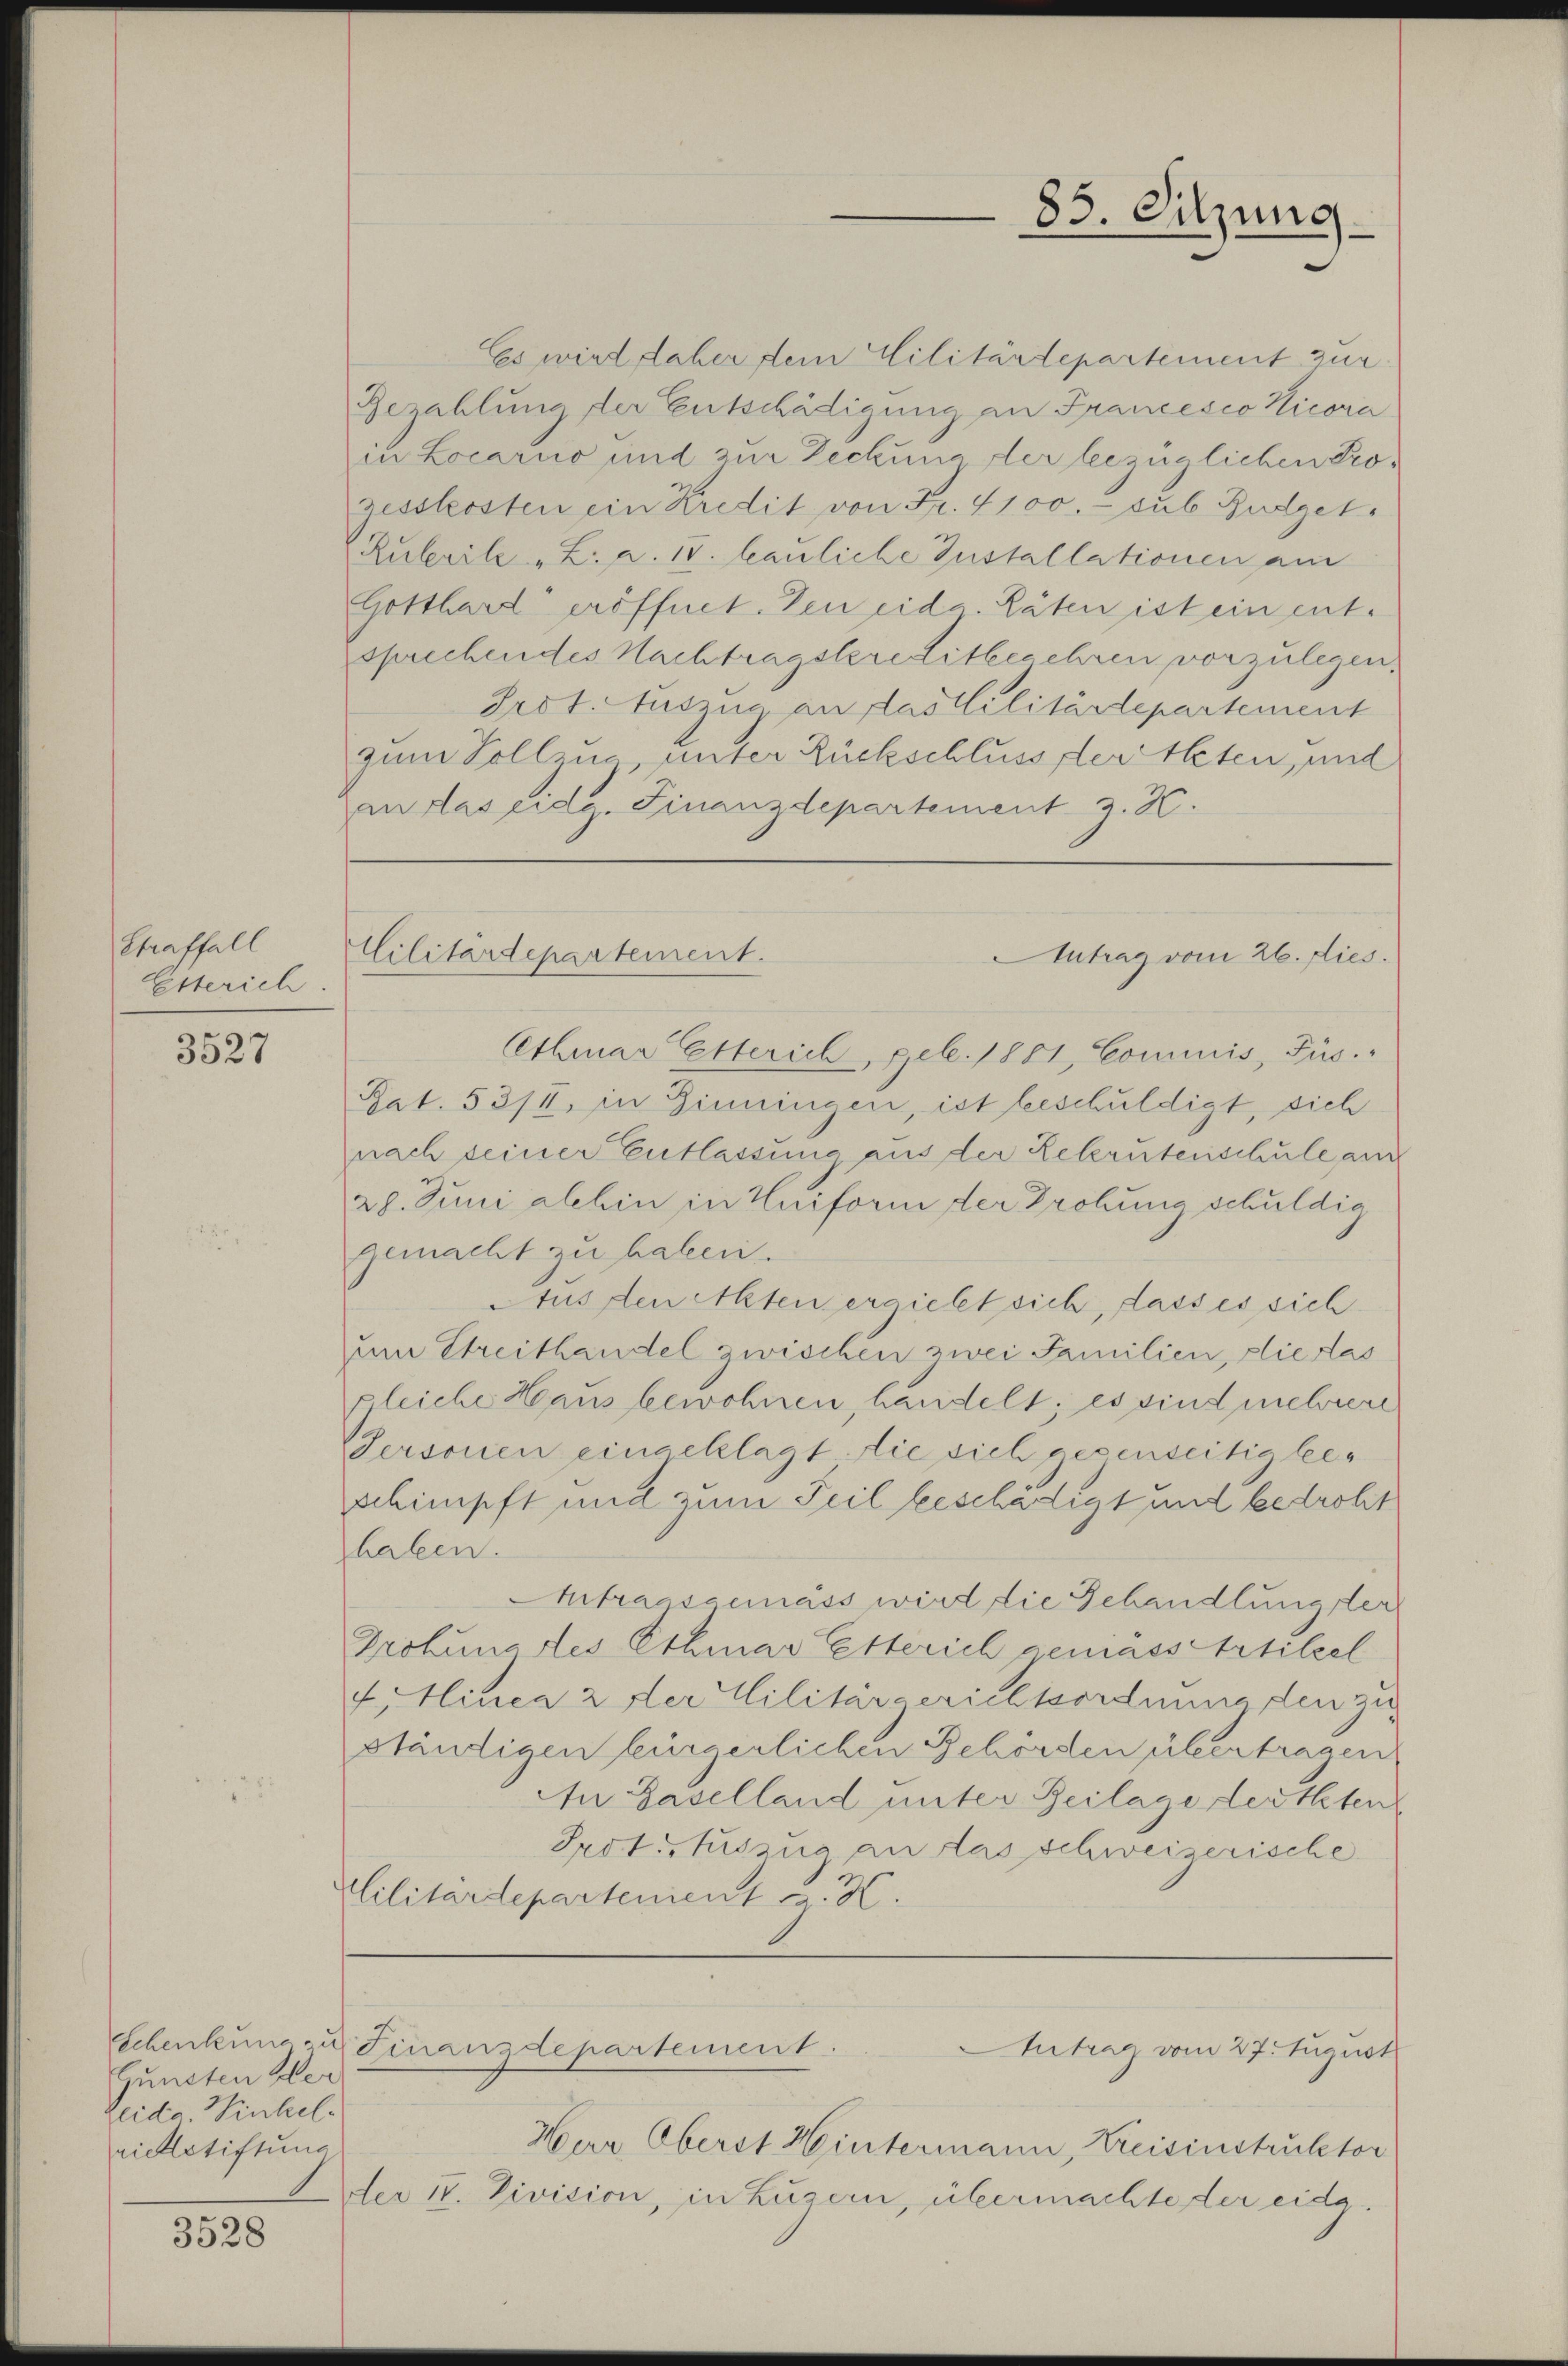
Straffall
Esterich

3527

Gunsten Ver
Peda. Winhelvielstiftung

3528

Militärdepartement.

Es wird daher dem Militärtepartement zur
Bezahlung der Entschädigung an Francesco Hicora
in Locario und zur Deckung der bezüglichen Progesskosten ein Kredit von Fr. 4100. sub Budget¬
Rubrik „L. a. 17. bauliche Installationen am
Gotthard eröffnet. Den eidg. Räten ist ein entsprechendes Nachtragskreditbegehren vorzulegen.
Prot. Auszug an das Militärdepartement
zum Vollzug unter Rückschluss der Acten, und
an das eidg. Finanzdepartement z. K.

Cethmar Etterich, geb. 1881, Commis, Füs
Rat. 5314, in Zinningen, ist beschuldigt, sich
nach seiner Entlassung aus der Rekrutenschule auch
2g. Juni alhin in Uniform der Drohung schuldig
gemacht zu haben.
Aus den Altenergiebt sich, dass es sich
um Streithandel zwischen zwei Familien, die das
gleiche Haus bewohnen, handelt; es sind mehrere
Personen eingeklagt die sich gegenseitig beschimpft und zum Teil beschädigt und bedroht
haben.
Atraasgemäss wird die Behandlung der
Grotunartes Ethmar Esterich gemäss Artilzel
4.Hinea 2 der Militärgerichtsordnung den zu
ständigen bürgerlichen Behörden übertragen
An Gaselland unter Beilage dertheten
Prot. Auszua an das schweizerische
Militärdepartement C. H.

Schenkung zu Finanzdepartement.

83. Sitzung.

Intrag vom 26. dies

Antrag vom 27. August

Herr Oberst Hintermann, Kreisinstruktor
der II. Division, in Luzern, übermachte der eidg.